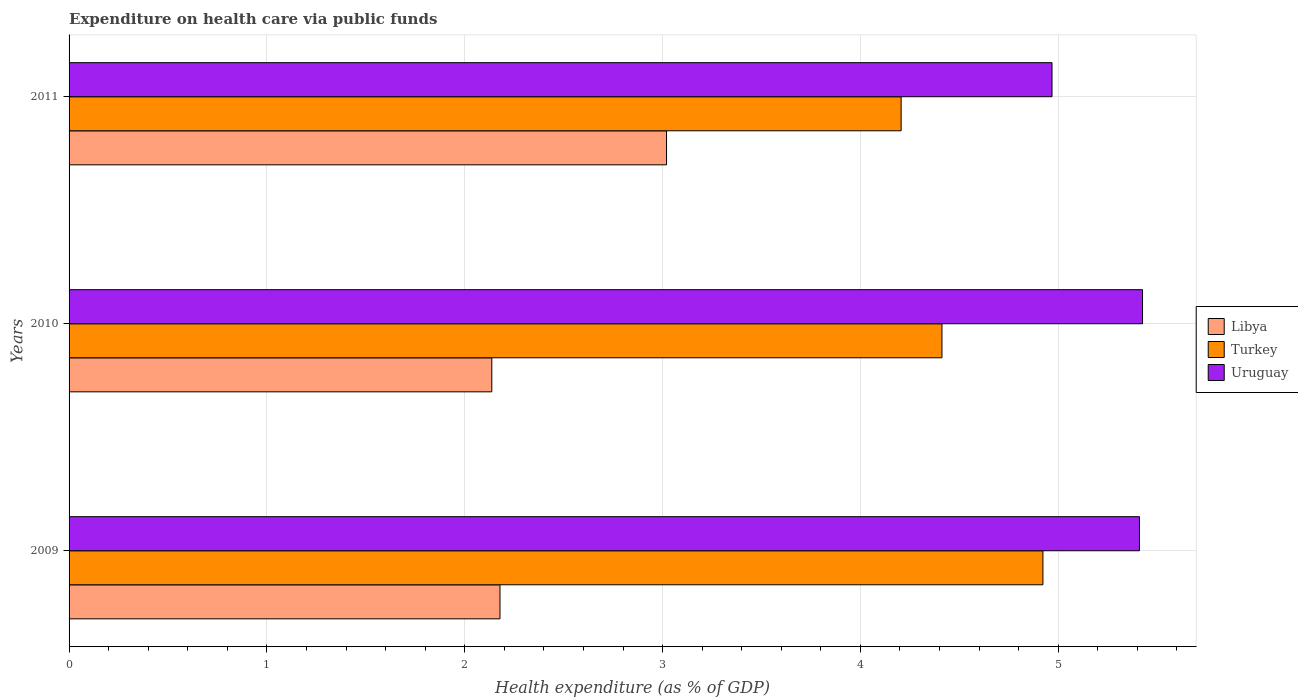
| Years | Libya | Turkey | Uruguay |
 | --- | --- | --- | --- |
 | 2009 | 2.18 | 4.92 | 5.41 |
 | 2010 | 2.14 | 4.41 | 5.43 |
 | 2011 | 3.02 | 4.21 | 4.97 |